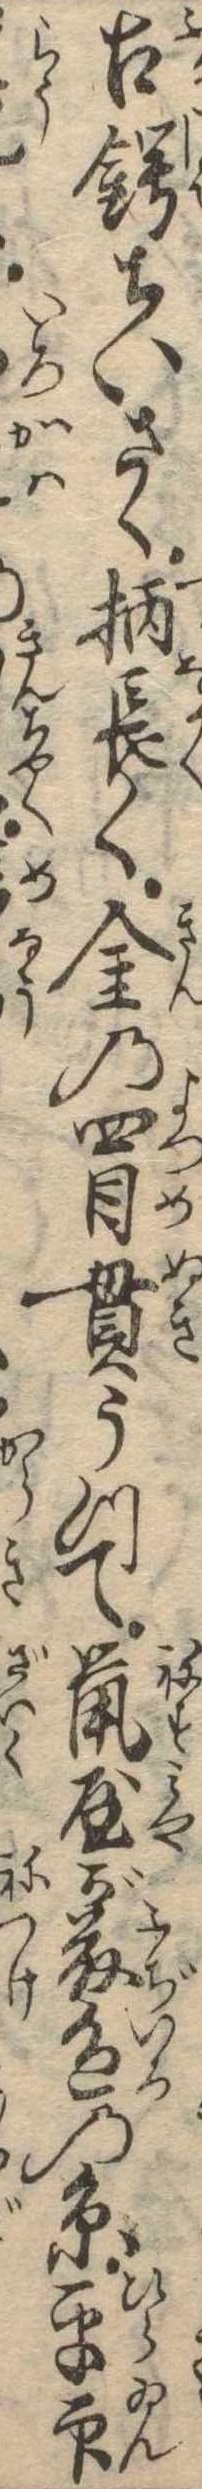
古鍔ちいさく柄長く金の四目貫うつて鼠屋が藤色の糸平印